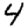
Digit: 4